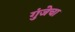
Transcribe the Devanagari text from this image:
गुंजेचा